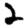
Digit: 2